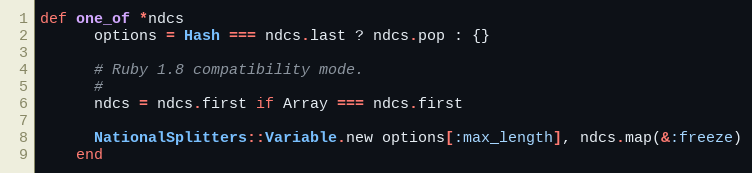
Language: Ruby
def one_of *ndcs
      options = Hash === ndcs.last ? ndcs.pop : {}

      # Ruby 1.8 compatibility mode.
      #
      ndcs = ndcs.first if Array === ndcs.first

      NationalSplitters::Variable.new options[:max_length], ndcs.map(&:freeze)
    end